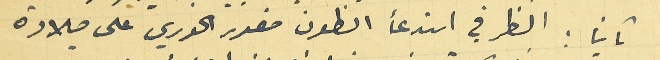
ثانياً : النظر في استدعأ انطون منصور الخوري على ميلادة